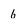
Character: b